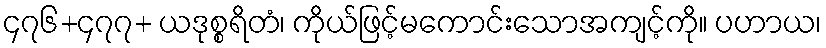
၄၇၆+၄၇၇+ ယဒုစ္စရိတံ၊ ကိုယ်ဖြင့်မကောင်းသောအကျင့်ကို။ ပဟာယ၊